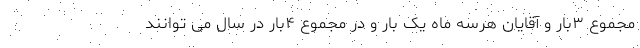
مجموع ۳بار و آقایان هرسه ماه یک بار و در مجموع ۴بار در سال می توانند